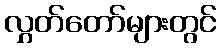
လွှတ်တော်များတွင်